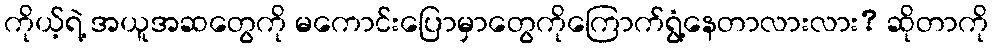
ကိုယ့်ရဲ့ အယူအဆတွေကို မကောင်းပြောမှာတွေကိုကြောက်ရွံ့နေတာလားလား? ဆိုတာကို